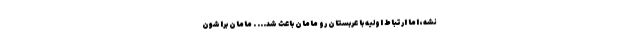
نشه، اما ارتباط اولیه با عربستان رو مامان باعث شد... . مامان براشون